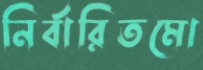
নির্বারিতমো